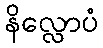
နိလ္လောပံ